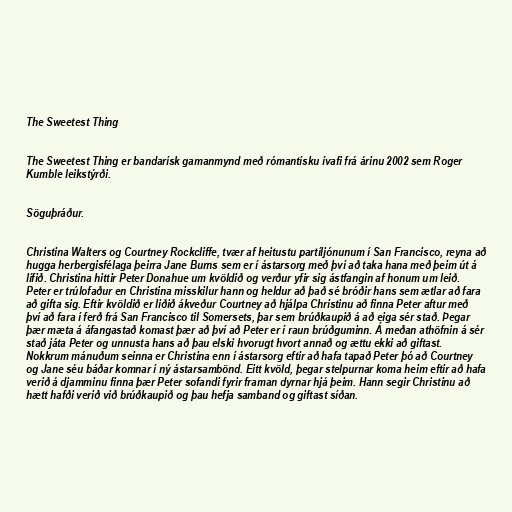
The Sweetest Thing

The Sweetest Thing er bandarísk gamanmynd með rómantísku ívafi frá árinu 2002 sem Roger
Kumble leikstýrði.

Söguþráður.

Christina Walters og Courtney Rockcliffe, tvær af heitustu partíljónunum í San Francisco, reyna að
hugga herbergisfélaga þeirra Jane Burns sem er í ástarsorg með því að taka hana með þeim út á
lífið. Christina hittir Peter Donahue um kvöldið og verður yfir sig ástfangin af honum um leið.
Peter er trúlofaður en Christina misskilur hann og heldur að það sé bróðir hans sem ætlar að fara
að gifta sig. Eftir kvöldið er liðið ákveður Courtney að hjálpa Christinu að finna Peter aftur með
því að fara í ferð frá San Francisco til Somersets, þar sem brúðkaupið á að eiga sér stað. Þegar
þær mæta á áfangastað komast þær að því að Peter er í raun brúðguminn. Á meðan athöfnin á sér
stað játa Peter og unnusta hans að þau elski hvorugt hvort annað og ættu ekki að giftast.
Nokkrum mánuðum seinna er Christina enn í ástarsorg eftir að hafa tapað Peter þó að Courtney
og Jane séu báðar komnar í ný ástarsambönd. Eitt kvöld, þegar stelpurnar koma heim eftir að hafa
verið á djamminu finna þær Peter sofandi fyrir framan dyrnar hjá þeim. Hann segir Christinu að
hætt hafði verið við brúðkaupið og þau hefja samband og giftast síðan.